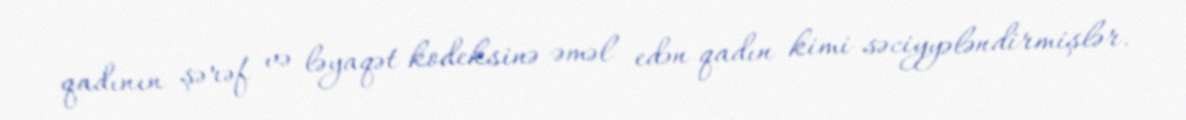
qadının şərəf və ləyaqət kodeksinə əməl edən qadın kimi səciyyələndirmişlər.